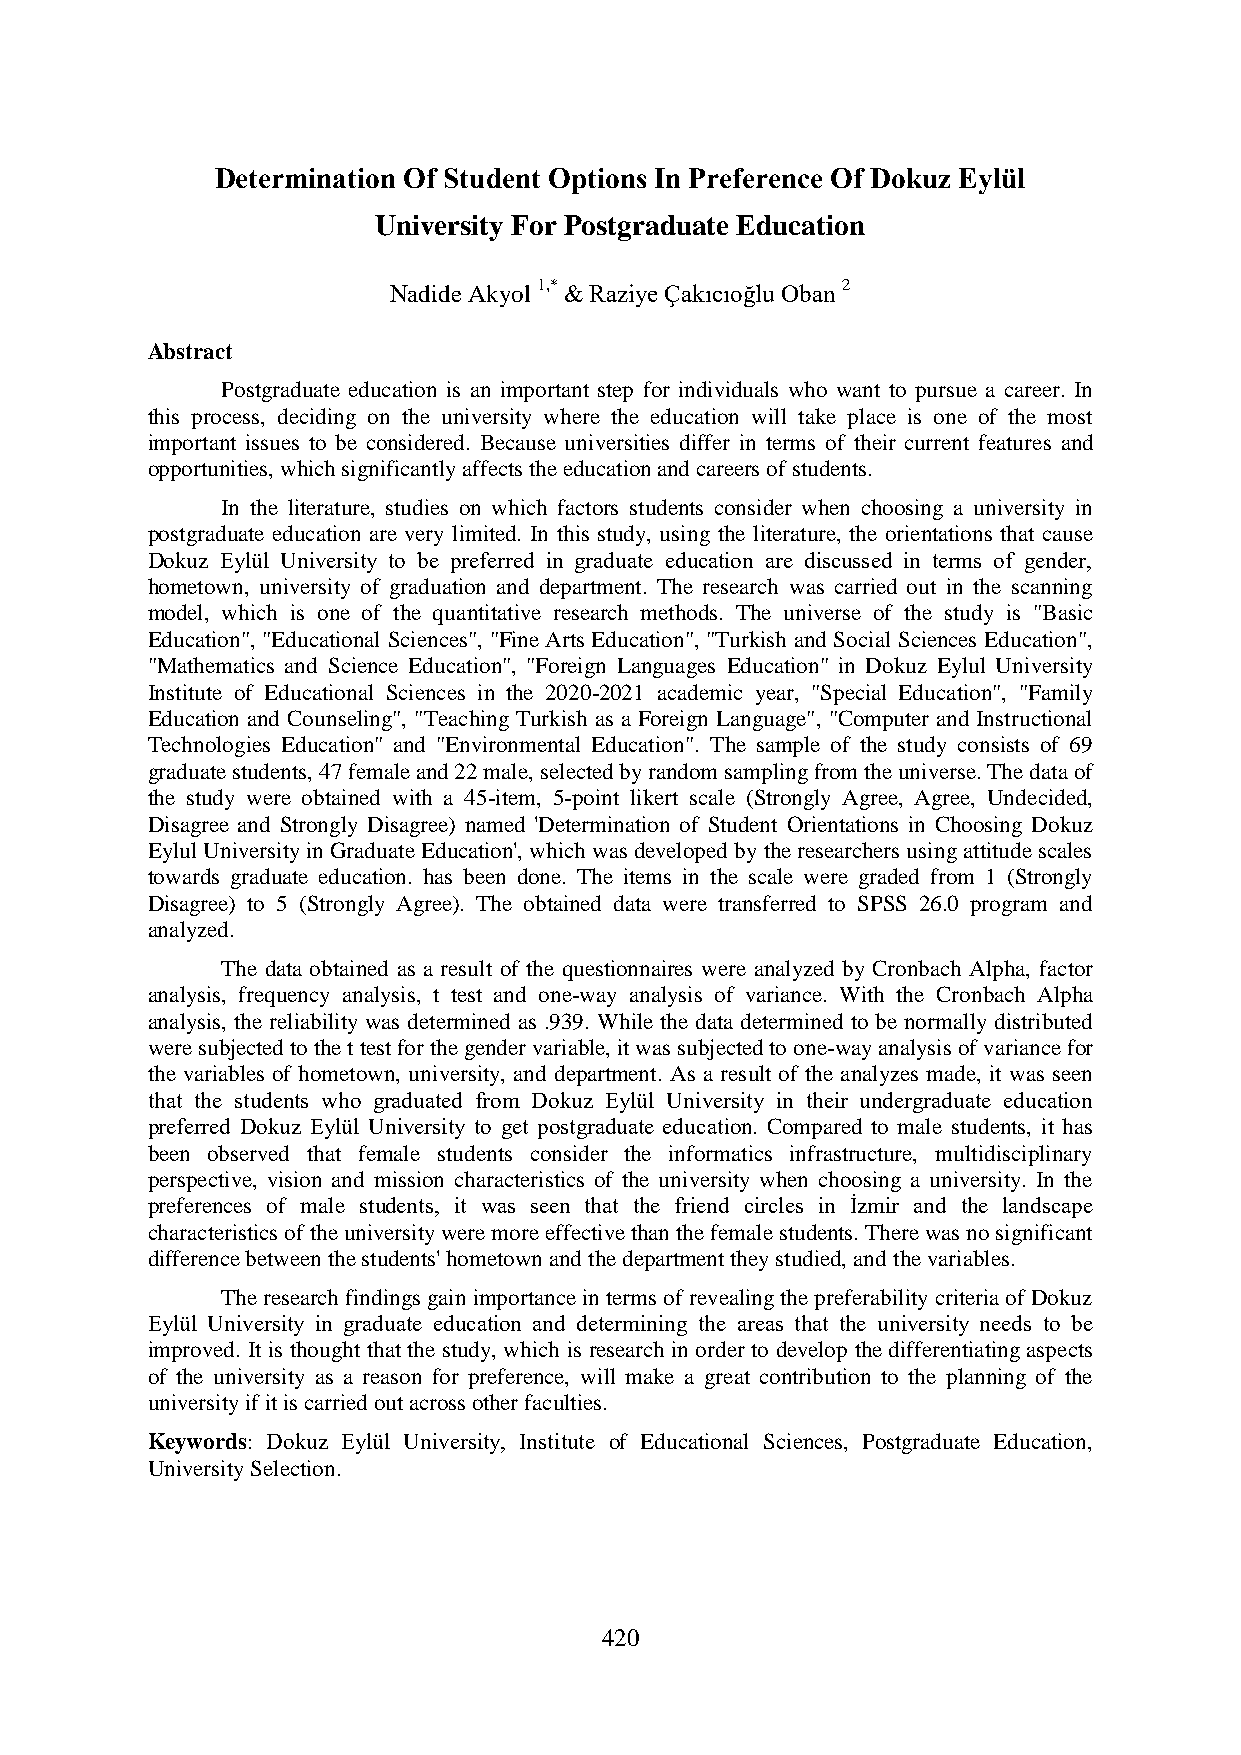
Determination Of Student Options In Preference Of Dokuz Eylül
 University For Postgraduate Education
 Nadide Akyol 1,* & Raziye Çakıcıoğlu Oban 2
 Abstract
 Postgraduate education is an important step for individuals who want to pursue a career. In
 this process, deciding on the university where the education will take place is one of the most
 important issues to be considered. Because universities differ in terms of their current features and
 opportunities, which significantly affects the education and careers of students.
 In the literature, studies on which factors students consider when choosing a university in
 postgraduate education are very limited. In this study, using the literature, the orientations that cause
 Dokuz Eylül University to be preferred in graduate education are discussed in terms of gender,
 hometown, university of graduation and department. The research was carried out in the scanning
 model, which is one of the quantitative research methods. The universe of the study is "Basic
 Education", "Educational Sciences", "Fine Arts Education", "Turkish and Social Sciences Education",
 "Mathematics and Science Education", "Foreign Languages Education" in Dokuz Eylul University
 Institute of Educational Sciences in the 2020-2021 academic year, "Special Education", "Family
 Education and Counseling", "Teaching Turkish as a Foreign Language", "Computer and Instructional
 Technologies Education" and "Environmental Education". The sample of the study consists of 69
 graduate students, 47 female and 22 male, selected by random sampling from the universe. The data of
 the study were obtained with a 45-item, 5-point likert scale (Strongly Agree, Agree, Undecided,
 Disagree and Strongly Disagree) named 'Determination of Student Orientations in Choosing Dokuz
 Eylul University in Graduate Education', which was developed by the researchers using attitude scales
 towards graduate education. has been done. The items in the scale were graded from 1 (Strongly
 Disagree) to 5 (Strongly Agree). The obtained data were transferred to SPSS 26.0 program and
 analyzed.
 The data obtained as a result of the questionnaires were analyzed by Cronbach Alpha, factor
 analysis, frequency analysis, t test and one-way analysis of variance. With the Cronbach Alpha
 analysis, the reliability was determined as .939. While the data determined to be normally distributed
 were subjected to the t test for the gender variable, it was subjected to one-way analysis of variance for
 the variables of hometown, university, and department. As a result of the analyzes made, it was seen
 that the students who graduated from Dokuz Eylül University in their undergraduate education
 preferred Dokuz Eylül University to get postgraduate education. Compared to male students, it has
 been observed that female students consider the informatics infrastructure, multidisciplinary
 perspective, vision and mission characteristics of the university when choosing a university. In the
 preferences of male students, it was seen that the friend circles in İzmir and the landscape
 characteristics of the university were more effective than the female students. There was no significant
 difference between the students' hometown and the department they studied, and the variables.
 The research findings gain importance in terms of revealing the preferability criteria of Dokuz
 Eylül University in graduate education and determining the areas that the university needs to be
 improved. It is thought that the study, which is research in order to develop the differentiating aspects
 of the university as a reason for preference, will make a great contribution to the planning of the
 university if it is carried out across other faculties.
 Keywords: Dokuz Eylül University, Institute of Educational Sciences, Postgraduate Education,
 University Selection.
 420